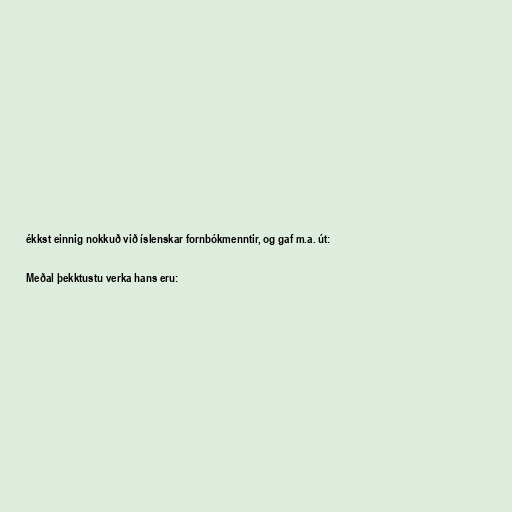
ékkst einnig nokkuð við íslenskar fornbókmenntir, og gaf m.a. út:

Meðal þekktustu verka hans eru: